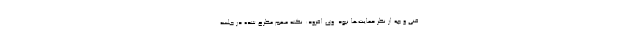
فنی و چه از نظر حمایت‌ها نبود. وی افزود: نکته مهم مطرح شده در جلسه